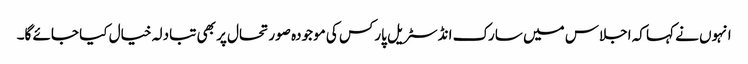
انہوں نے کہا کہ اجلاس میں سارک انڈسٹریل پارکس کی موجودہ صورتحال پر بھی تبادلہ خیال کیا جائے گا۔